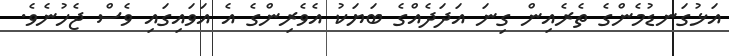
އަޅުގަނޑުމެންގެ ތެރެއިން ގިނަ އަދަދެއްގެ ބަޔަކު އެވެރިންގެ އެ އަވައިގައި ވެސް ޖެހުނެވެ.